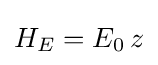
H_{E}=E_{0}\,z